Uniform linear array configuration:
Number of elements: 48
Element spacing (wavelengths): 0.75
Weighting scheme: hann
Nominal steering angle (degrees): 0
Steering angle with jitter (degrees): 0.4846
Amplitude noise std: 0.05
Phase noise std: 0.05

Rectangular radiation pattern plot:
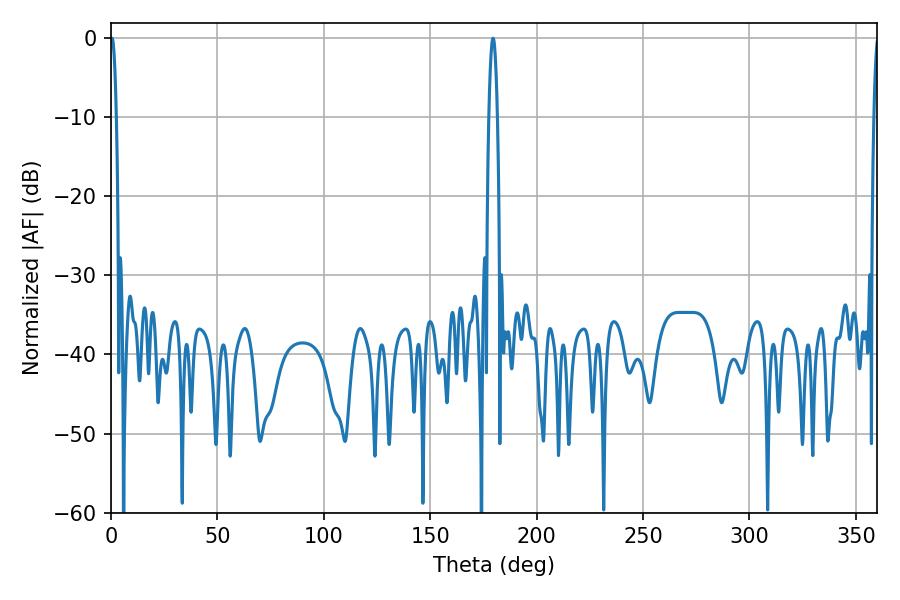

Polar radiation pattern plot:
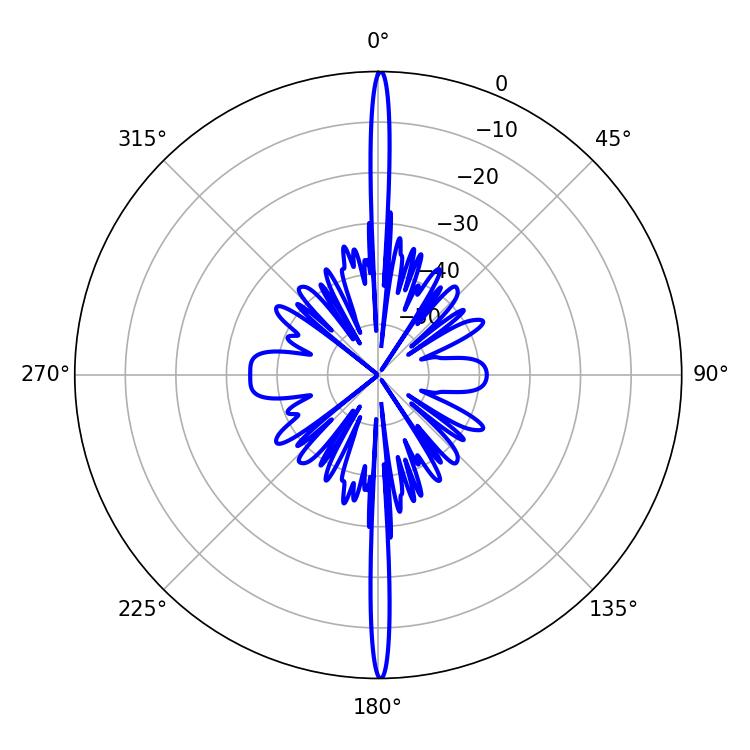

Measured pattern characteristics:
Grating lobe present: TRUE
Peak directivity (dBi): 35.194
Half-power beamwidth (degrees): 1.62
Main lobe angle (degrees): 0.54